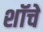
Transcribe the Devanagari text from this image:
शॉचे